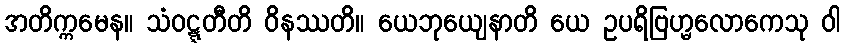
အတိက္ကမေန။ သံဝဋ္ဋတီတိ ဝိနဿတိ။ ယေဘုယျေနာတိ ယေ ဥပရိဗြဟ္မလောကေသု ဝါ